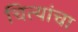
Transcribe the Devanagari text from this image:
चित्यांचा